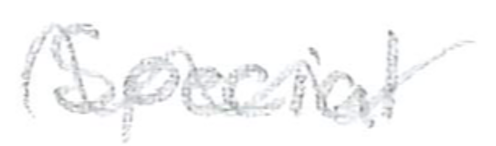
Text: Special
Cross-out: mix
Writing tool: pencil